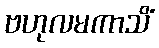
ဗဟုလမကာသိံ